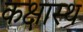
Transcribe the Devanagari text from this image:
कक्षास्थ